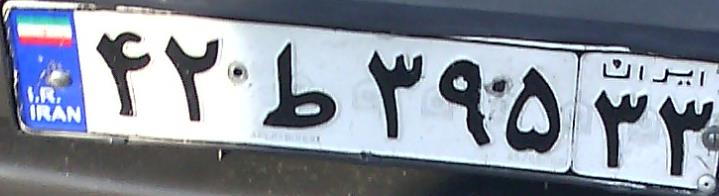
۴۲ط۳۹۵۳۳